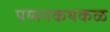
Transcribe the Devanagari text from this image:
पय्यनकथकळ